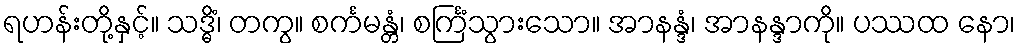
ရဟန်းတို့နှင့်။ သဒ္ဓိံ၊ တကွ။ စင်္ကမန္တံ၊ စင်္ကြံသွားသော။ အာနန္ဒံ၊ အာနန္ဒာကို။ ပဿထ နော၊